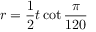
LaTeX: r = { \frac { 1 } { 2 } } t \cot { \frac { \pi } { 1 2 0 } }